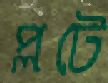
প্লটে